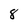
Character: 8